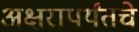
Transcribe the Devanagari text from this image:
अक्षरापर्यंतचे